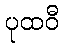
ပုထဝီ